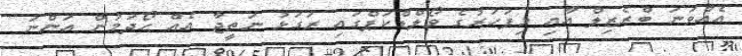
އެއްވަނަ ބްރެޒިލް އާއި މިފަހަރުގެ ވޯލްޑްކަޕްގައި ރަގަޅު ނަތީޖާ އެއް ހޯދަމުން އަންނަ